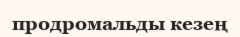
продромальды кезең